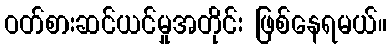
ဝတ်စားဆင်ယင်မှုအတိုင်း ဖြစ်နေရမယ်။